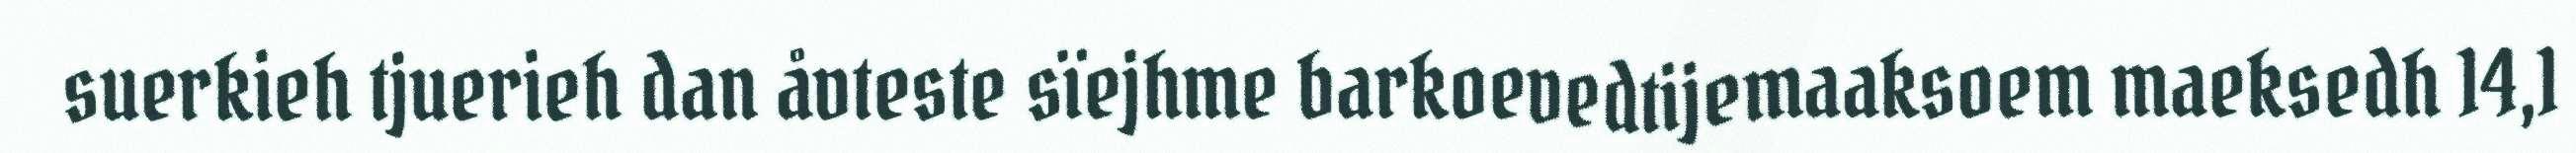
suerkieh tjuerieh dan åvteste sïejhme barkoevedtijemaaksoem maeksedh 14,1